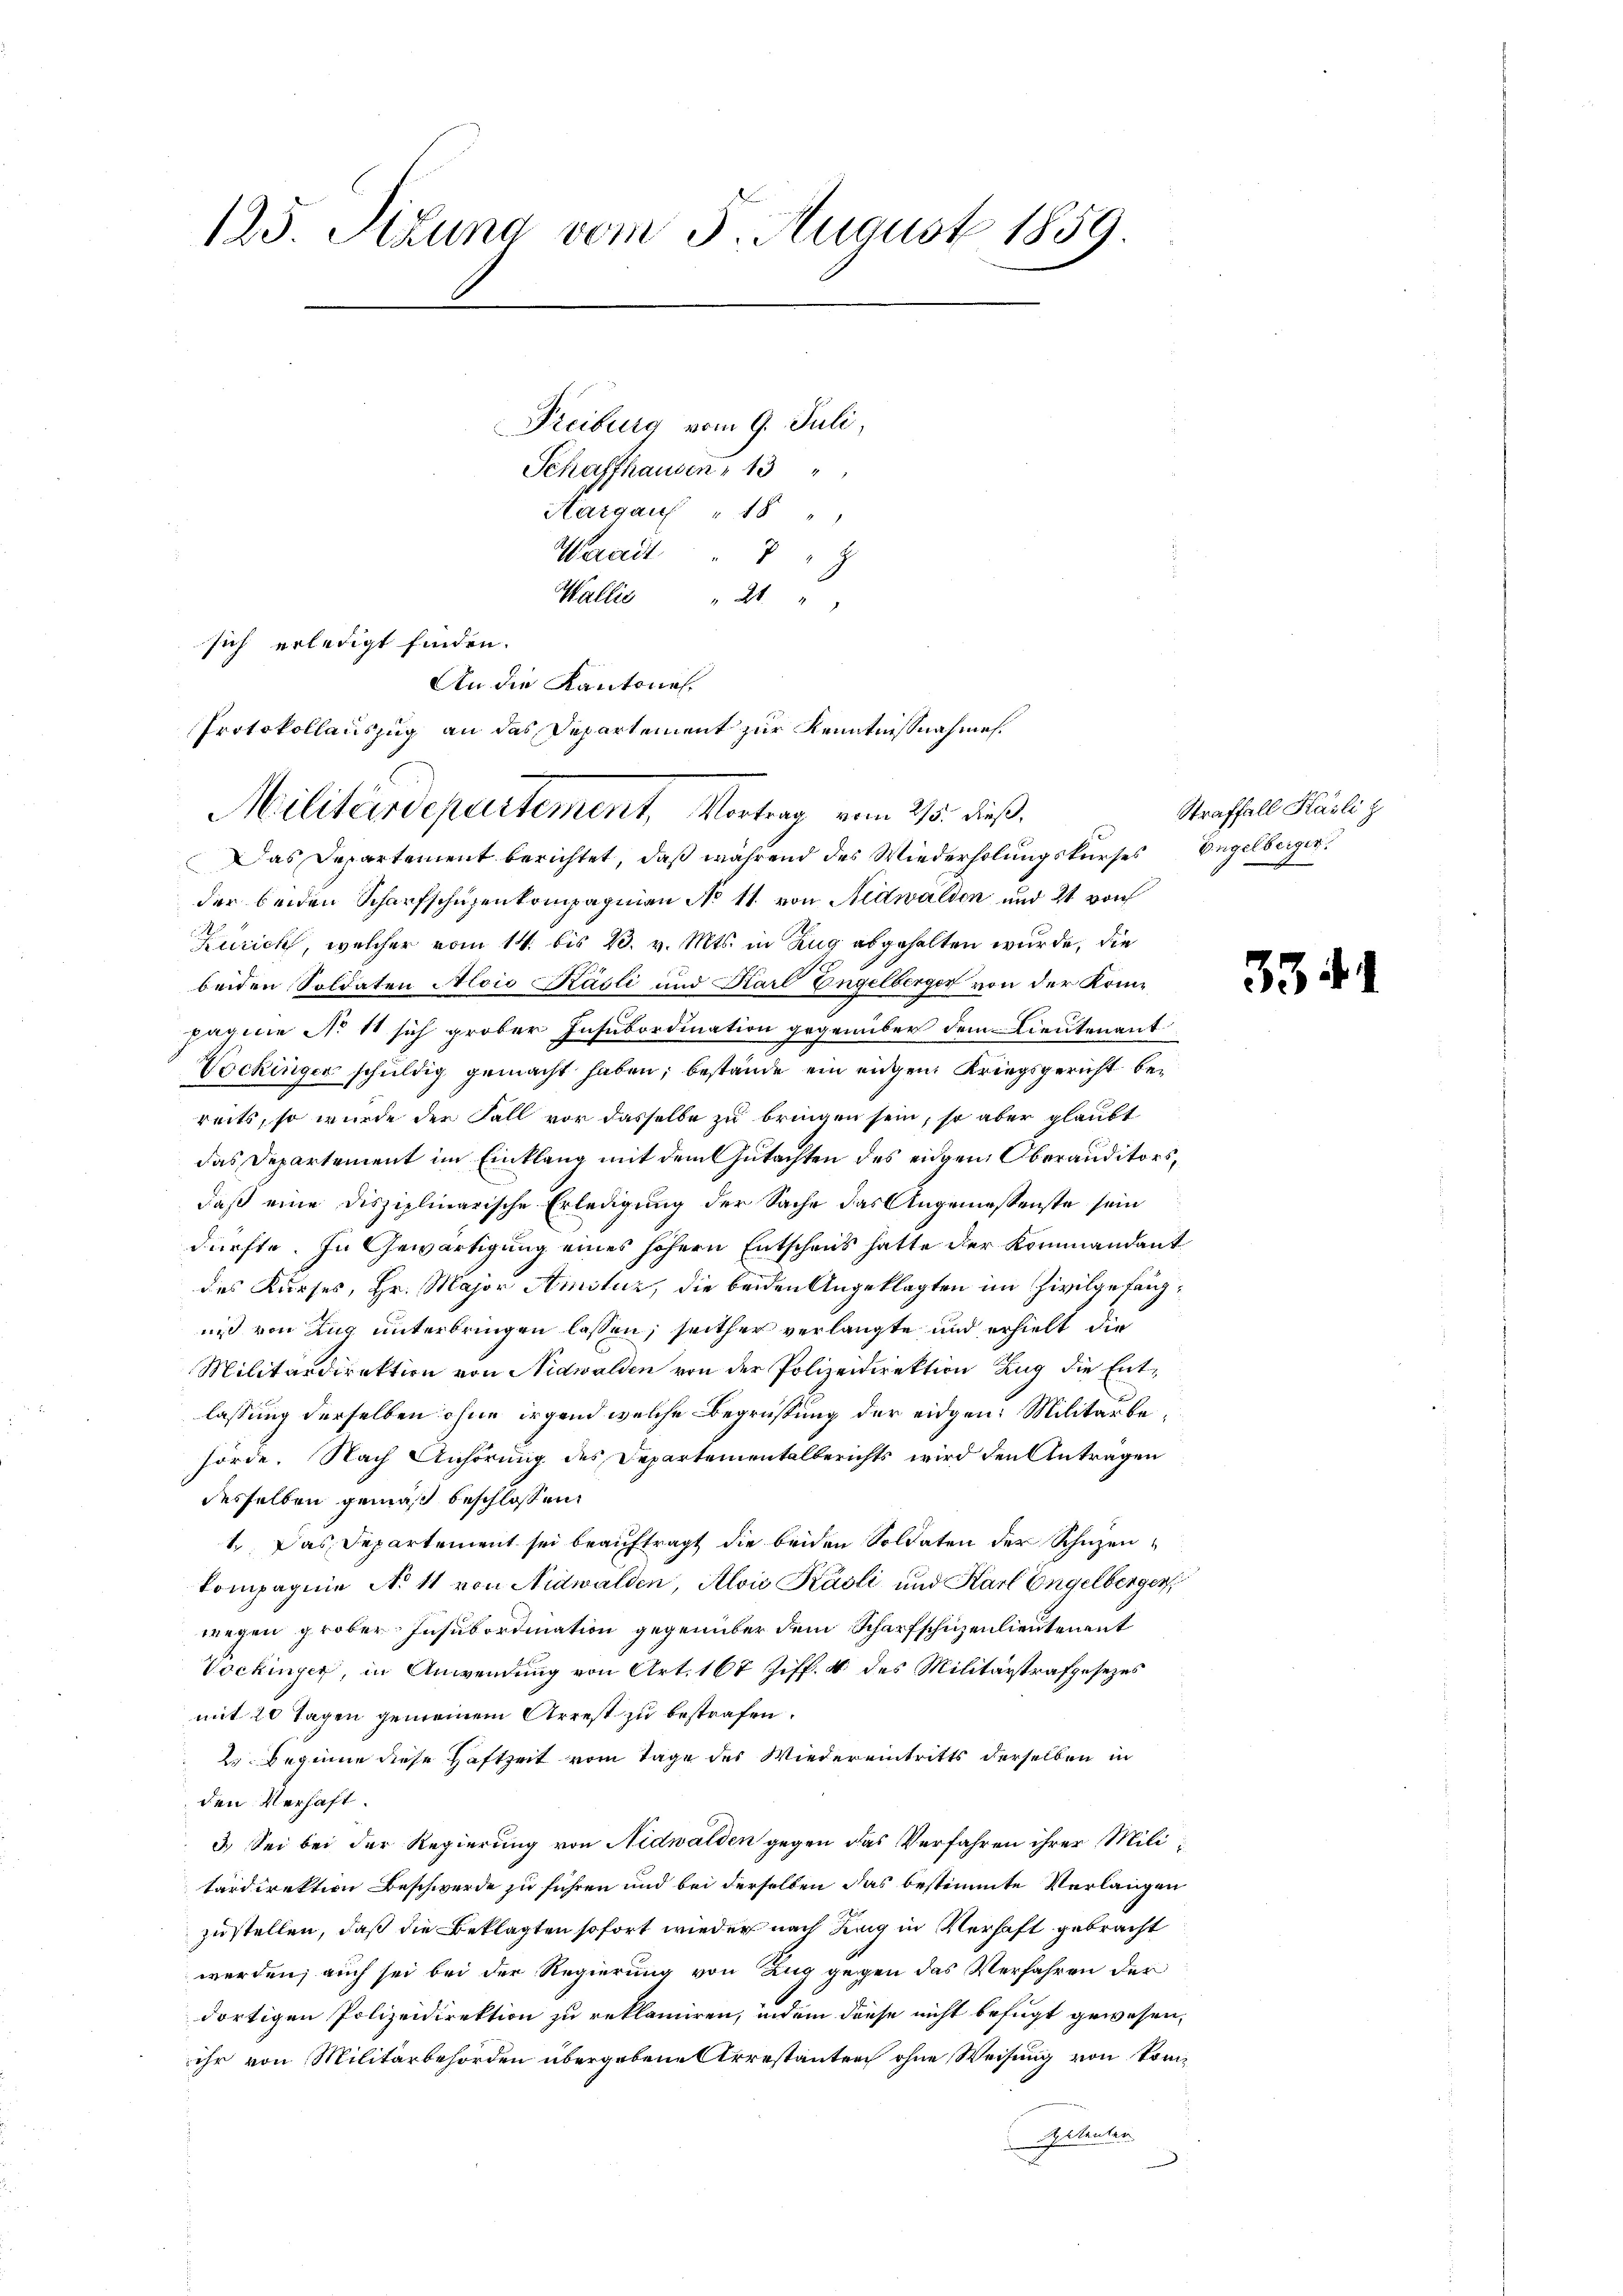
125. Sizung vom 5. August 1859.

Freiburg vom 9. Juli,
Schaffhausen 13 "
Aargau " 18 "
Waadt " " "
Wallis " 21 " "
sich erledigt finden.
Das Departement berichtet, daß während des Wiederholungskurses Engelberger.
der beiden Scharfschüzenkompagnien No 11. von Nidwalden und 21 von
Zürich, welcher vom 14. bis 23. v. Mts. in Zug abgehalten wurde, die
beiden Soldaten Alois Käsli und Karl Engelberger von der Kompagine No 11 sich grober Insubordination gegenüber dem Lieutenant
Wockinger schuldig gemacht haben; bestände ein eigen Kriegsgericht bereits, so wurde der Fall vor dasselbe zu bringen sein, so aber glaubt
das Departement im Einklang mit dem Gutachten des eidgen Oberanditors,
daß eine disziplinarische Erledigung der Sache das Angemessenste sein
dürfte. In Gewärtigung eines höhern Entschaus hatte der Kommandant
des Kurses, Hr. Major Amstur, die beiden Angeklagten im Zivilgefängniß von Zug unterbringen lassen, seither verlangte und erhielt die
Militärdirektion von Nidwalden von der Polizeidirektion Zug die Entlassung derselben ohne irgend welche Begrüssung der eidgen: Militärbehörde. Nach Anhörung des Departementalberichts wird den Anträgen
desselben gemäß beschlossen
1. Das Departement sei beauftragt die beiden Soldaten der Schuzen
kompagnie No 11 von Nidwalden, Alois Käsli und Karl Engelberger,
wegen grober Insubordination gegenüber dem Scharfschüzenlieutenant
Vockinger, in Anwendung von Art. 167 Ziff. 4 des Militärstrafgesezes
mit 20 Tagen gemeinem Arrest zu bestrafen.
2. Beginne diese Haftzeit vom Tage des Wiedereintritts derselben in
den Verhaft.
3.) Sei bei der Regierung von Nidwalden gegen das Verfahren ihrer Mili-
tärdirektion Beschwerde zu führen und bei derselben das bestimmte Verlangen
zustellen, daß die Beklagten sofort wieder nach Ling in Verhaft gebracht
werden; auch sei bei der Regierung von Zug gegen das Verfahren der
dortigen Polizeidirektion zu reklamiren, indem diese nicht befugt gewesen,
ihr von Militärbehörden übergebene Arrestanten ohne Weisung von Som¬
Spetenten.

Protokollauszug an das Departement zur Kenntnißnahme.
Militärdepartement, Vortrag vom 215. dieß.

An die Kantonal¬

Straffall Käsli z

334